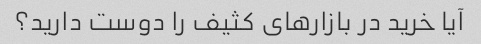
آیا خرید در بازارهای کثیف را دوست دارید؟